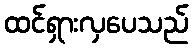
ထင်ရှားလှပေသည်